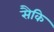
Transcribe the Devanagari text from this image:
सैकि